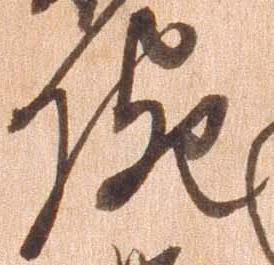
院